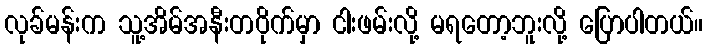
လုခ်မန်းက သူ့အိမ်အနီးတဝိုက်မှာ ငါးဖမ်းလို့ မရတော့ဘူးလို့ ပြောပါတယ်။